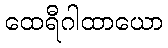
ထေရီဂါထာယော